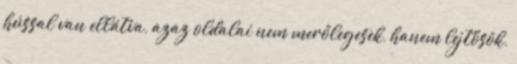
hússal van ellátva, azaz oldalai nem merőlegesek, hanem lejtősök,